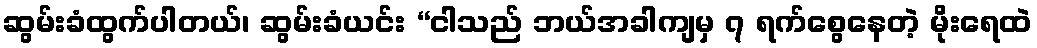
ဆွမ်းခံထွက်ပါတယ်၊ ဆွမ်းခံယင်း “ငါသည် ဘယ်အခါကျမှ ၇ ရက်စွေနေတဲ့ မိုးရေထဲ